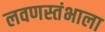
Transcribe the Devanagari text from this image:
लवणस्तंभाला